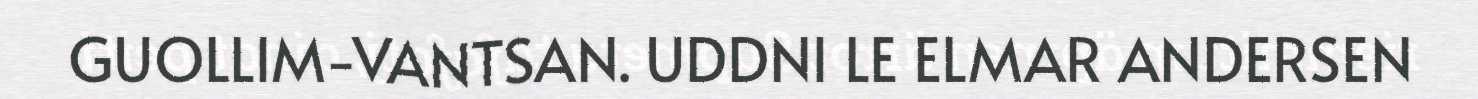
GUOLLIM-VANTSAN. UDDNI LE ELMAR ANDERSEN